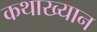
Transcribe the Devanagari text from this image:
कथाख्यान